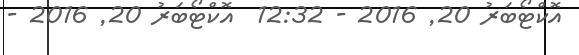
އޮކްޓޯބަރު 20